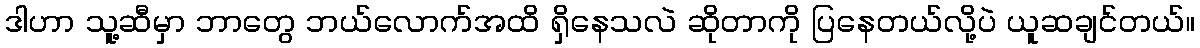
ဒါဟာ သူ့ဆီမှာ ဘာတွေ ဘယ်လောက်အထိ ရှိနေသလဲ ဆိုတာကို ပြနေတယ်လို့ပဲ ယူဆချင်တယ်။